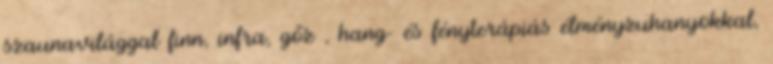
szaunavilággal finn, infra, gőz , hang- és fényterápiás élményzuhanyokkal,